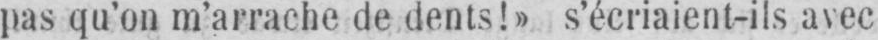
pas qu’on m’arrache de dents!» s’écriaient-ils avec